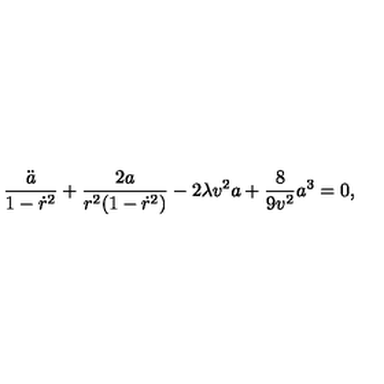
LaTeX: \frac { \ddot { a } } { 1 - \dot { r } ^ { 2 } } + \frac { 2 a } { r ^ { 2 } ( 1 - \dot { r } ^ { 2 } ) } - 2 \lambda v ^ { 2 } a + \frac { 8 } { 9 v ^ { 2 } } a ^ { 3 } = 0 ,